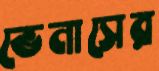
ভেনাসের